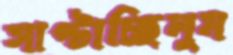
সাপ্‌টাচ্ছিলুম